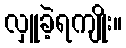
လှူခဲ့ရကျိုး။